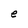
Character: e